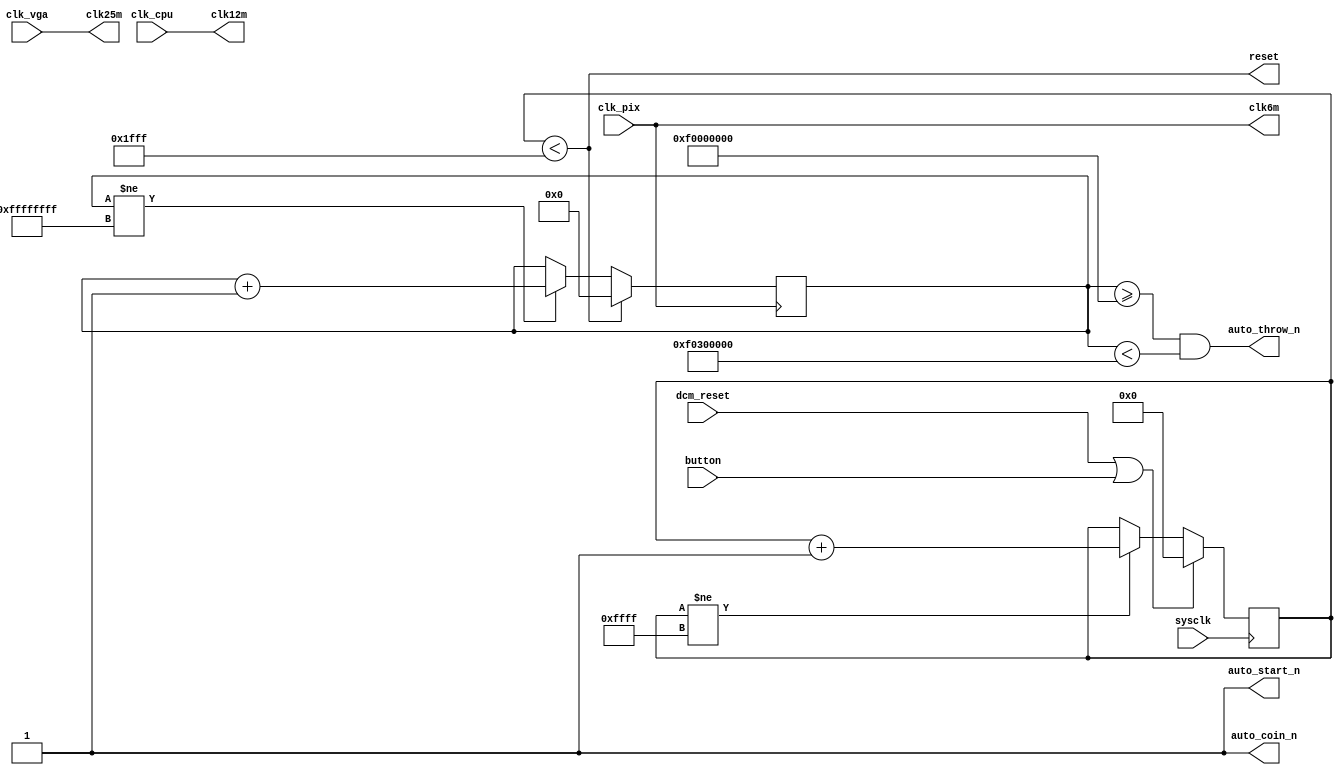

module car_lx45(
		input  sysclk,
		input  clk_vga,
		input  clk_cpu,
		input  clk_pix,
		input  dcm_reset,
		input  button,
		output auto_coin_n,
		output auto_start_n,
		output auto_throw_n,
		output clk6m,
		output clk12m,
		output clk25m,
		output reset
		);

   reg [15:0] r_count;

   always @(posedge sysclk)
     if (dcm_reset | button)
       r_count <= 16'd0;
     else
       if (r_count != 16'hffff)
	 r_count <= r_count + 16'd1;

`ifdef SIMULATION
   assign reset = r_count < 16'h00ff;
`else
   assign reset = r_count < 16'h1fff/*16'h0fff*/;
`endif

`ifndef SIMULATION
   reg [31:0] a_count;

   always @(posedge clk_pix)
     if (reset)
       a_count <= 32'd0;
     else
       if (a_count != 32'hffffffff)
	 a_count <= a_count + 24'd1;
   
   assign auto_coin_n = 1;
   assign auto_start_n = 1;
   assign auto_throw_n = a_count >= 32'hf000_0000 && a_count < 32'hf030_0000;
`else
   assign auto_coin_n = 1;
   assign auto_start_n = 1;
   assign auto_throw_n = 1;
`endif
   
   assign clk6m  = clk_pix;
   assign clk12m = clk_cpu;
   assign clk25m = clk_vga;
   
endmodule